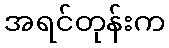
အရင်တုန်းက